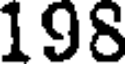
198